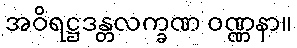
အဝိရဋ္ဌဒန္တလက္ခဏ ဝဏ္ဏနာ။